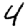
Digit: 4